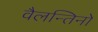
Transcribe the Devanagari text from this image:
वैलन्तिनो